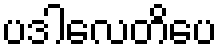
ပဒါလေတိပေ